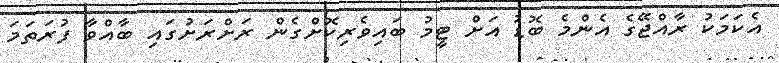
އެކަމަކު ރާއްޖޭގެ އެންމެ ބޮޑު އަށް ޓީމު ބައިވެރިކޮށްގެން ރަށްރަށުގައި ބާއްވާ ފުރަތަމަ